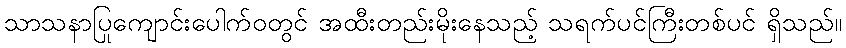
သာသနာပြုကျောင်းပေါက်ဝတွင် အထီးတည်းမိုးနေသည့် သရက်ပင်ကြီးတစ်ပင် ရှိသည်။